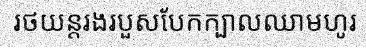
រថយន្តរងរបួសបែកក្បាលឈាមហូរ